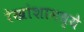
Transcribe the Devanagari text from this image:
रेखांशामध्ये